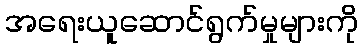
အရေးယူဆောင်ရွက်မှုများကို